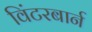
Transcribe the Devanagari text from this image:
विंटरबार्न